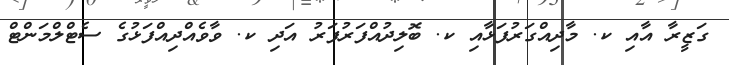
ގަޒީރާ އާއި ކ. މާދިއްގަރުފަޅާއި ކ. ބޮލިދުއްފަރުފަރު އަދި ކ. ވާވެއްދިއްފަޅުގެ ސެޓްލްމަންޓް